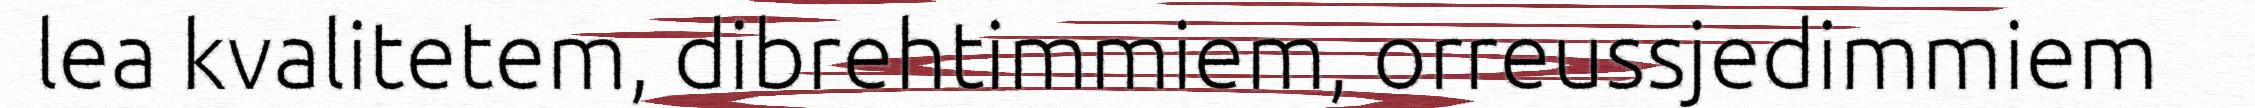
lea kvalitetem, dibrehtimmiem, orreussjedimmiem